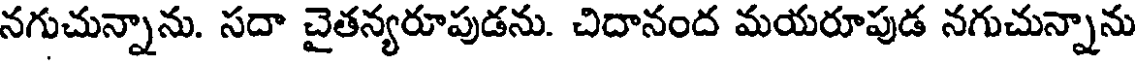
నగుచున్నాను. సదా చైతన్యరూపుడను. చిదానంద మయరూపుడ నగుచున్నాను